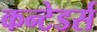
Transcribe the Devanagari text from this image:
कन्टेडर्स